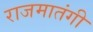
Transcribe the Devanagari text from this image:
राजमातंगी